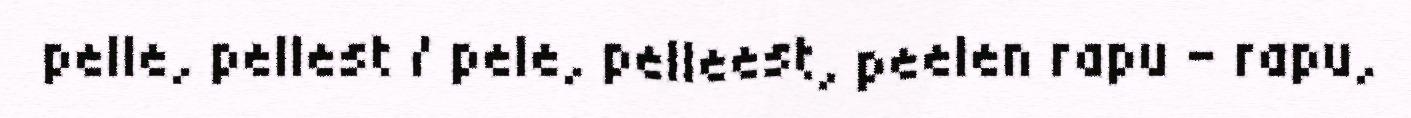
pelle, pellest / pele, pelleest, peelen rapu – rapu,